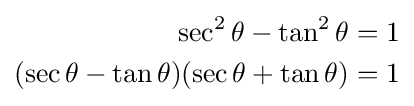
{\begin{aligned}\sec ^{2}\theta -\tan ^{2}\theta =1\\(\sec \theta -\tan \theta )(\sec \theta +\tan \theta )=1\\\end{aligned}}